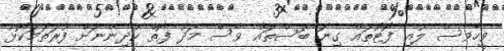
ވީހާވެސް ލުއި ފޮޓޯތައް ގިނަ ބަސްތައް ވެސް މަދު ފޮތް ކުދިންނަށް ފުރަތަމަކޮޅު